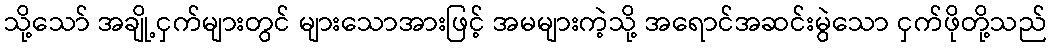
သို့သော် အချို့ငှက်များတွင် များသောအားဖြင့် အမများကဲ့သို့ အရောင်အဆင်းမွဲသော ငှက်ဖိုတို့သည်